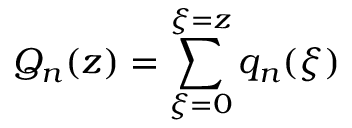
Q _ { n } ( z ) = \sum _ { \xi = 0 } ^ { \xi = z } q _ { n } ( \xi )